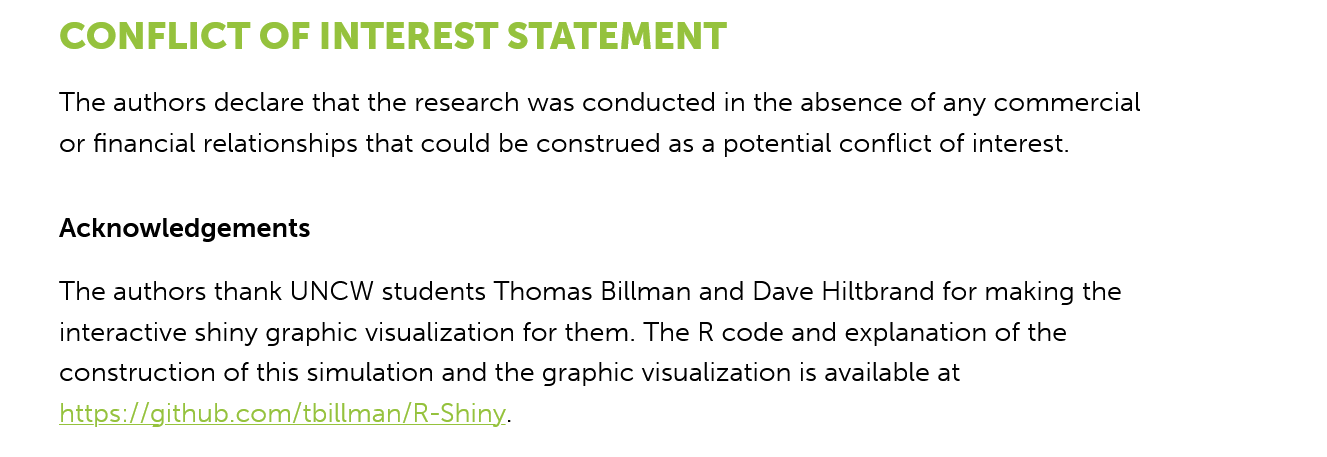
CONFLICT    OF  INTEREST    STATEMENT
     Acknowledgements
     The authors thank UNCW  students Thomas Billman and Dave Hiltbrand for making the
     interactive shiny graphic visualization for them. The R code and explanation of the
     construction of this simulation and the graphic visualization is available at
     https://github.com/tbillman/R-Shiny.
     The authors declare that the research was conducted in the absence of any commercial
     or financial relationships that could be construed as a potential conflict of interest.